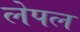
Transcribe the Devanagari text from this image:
लेपल